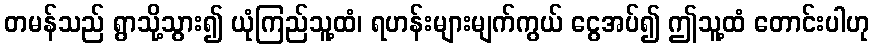
တမန်သည် ရွာသို့သွား၍ ယုံကြည်သူ့ထံ၊ ရဟန်းများမျက်ကွယ် ငွေအပ်၍ ဤသူ့ထံ တောင်းပါဟု